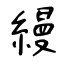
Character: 縵